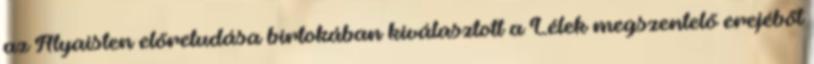
az Atyaisten előretudása birtokában kiválasztott a Lélek megszentelő erejéből